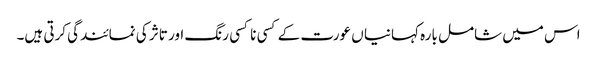
اس میں شامل بارہ کہانیا ں عورت کے کسی نا کسی رنگ اور تاثر کی نمائندگی کرتی ہیں۔